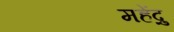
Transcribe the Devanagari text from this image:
महेंद्रु